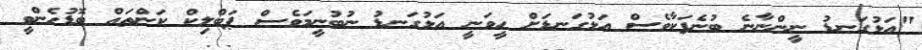
"އަޅުގަނޑު ނީންނާނެ ބުނެފަކާވެސް އަޅުގަނޑަށް ހީވަނީ އަޅުގަނޑު ނުބުނީމަވެސް ޕަބްލިކް ކަންތައް ބޮޑުހެންވީ